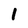
Character: 1